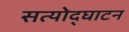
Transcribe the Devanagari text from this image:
सत्योद्घाटन